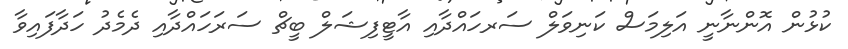
ކުޅުން އޮންނާނީ އަލިމަސް ކަނިވަލް ސަރހައްދާއި އާޓީފިޝަލް ބީޗް ސަރަހައްދާއި ދެމެދު ހަދާފައިވާ